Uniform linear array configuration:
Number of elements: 4
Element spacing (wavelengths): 0.75
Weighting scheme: kaiser
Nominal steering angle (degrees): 15
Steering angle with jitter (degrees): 16.094
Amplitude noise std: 0.05
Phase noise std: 0.05

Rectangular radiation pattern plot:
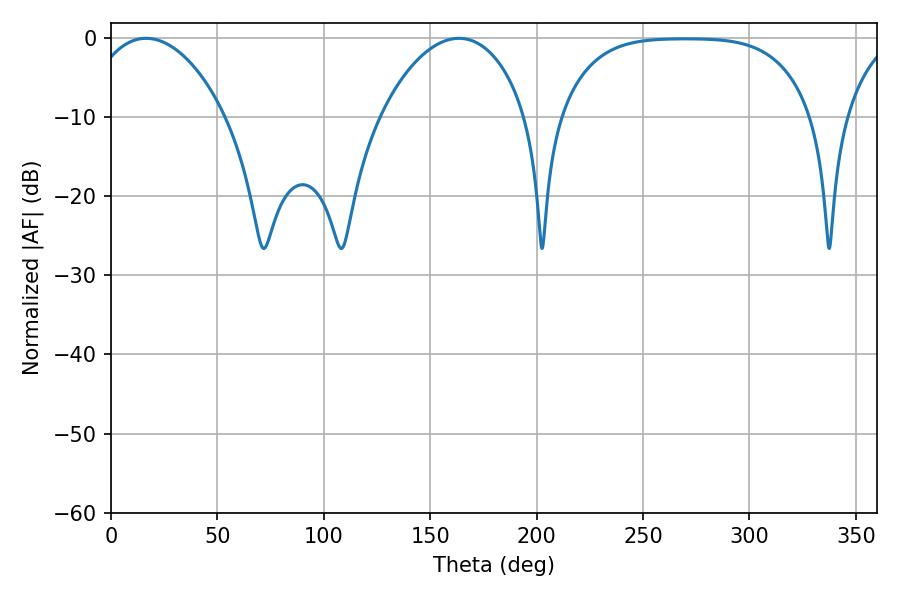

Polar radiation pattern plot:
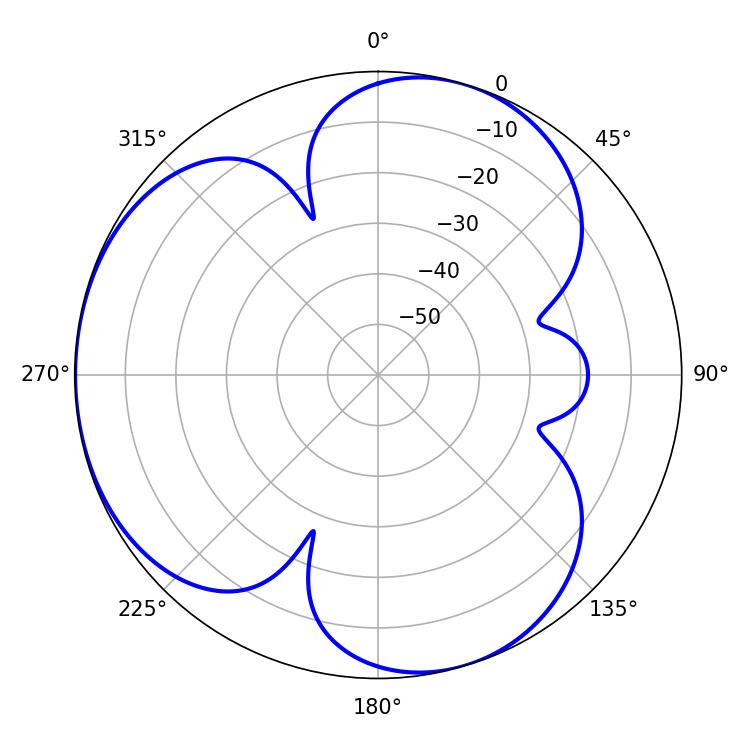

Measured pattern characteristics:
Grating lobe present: TRUE
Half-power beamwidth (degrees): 36.9
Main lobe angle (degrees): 16.56